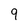
Character: 9